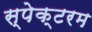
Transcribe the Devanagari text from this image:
स्पेक्टरम